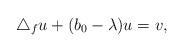
LaTeX: \begin{align*} \triangle_f u + (b_0 - \lambda) u = v, \end{align*}